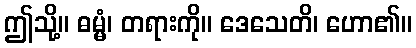
ဤသို့။ ဓမ္မံ၊ တရားကို။ ဒေသေတိ၊ ဟော၏။